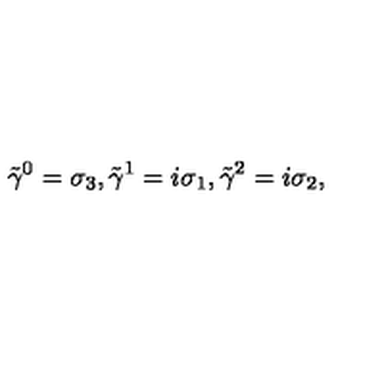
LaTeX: { \tilde { \gamma } } ^ { 0 } = \sigma _ { 3 } , { \tilde { \gamma } } ^ { 1 } = i \sigma _ { 1 } , { \tilde { \gamma } } ^ { 2 } = i \sigma _ { 2 } ,